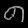
Digit: ၈